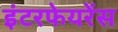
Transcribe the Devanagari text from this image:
इंटरफेयरेंस